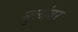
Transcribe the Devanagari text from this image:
मुळांवर